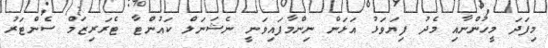
މިފަދަ މީހުންނާއި މެދު ފިޔަވަޅު އަޅަން ނިންމާފައިވަނީ ނެޝަނަލް ކައުންޓާ ޓެރަރިޒަމް ސެންޓަރު